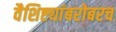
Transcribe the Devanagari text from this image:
वैशिष्ट्यांबरोबरच